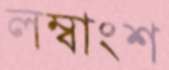
লম্বাংশ